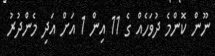
ނޫން ކޮންމެ ދުވަހެއް ގެ 11 އިން 1 އަށް އަދި މެންދުރު